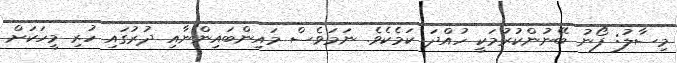
މިސާލު: ފޯނު ބޭނުންކުރުމަކީ ހުއްދަ ކަމެކެވެ. ނަމަވެސް މައިންބައިންނާއި ދުރުގައި ހުރި މީހަކަށް